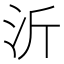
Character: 沂